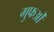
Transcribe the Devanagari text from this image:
गुफओं